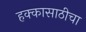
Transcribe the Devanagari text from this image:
हक्कासाठीचा